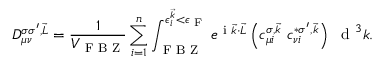
D _ { \mu \nu } ^ { \sigma \sigma ^ { \prime } , \vec { L } } = \frac { 1 } { V _ { \textrm { F B Z } } } \sum _ { i = 1 } ^ { n } \int _ { \textrm { F B Z } } ^ { \epsilon _ { i } ^ { \vec { k } } < \epsilon _ { \textrm { F } } } e ^ { \mathrm { ~ i ~ } \vec { k } \cdot \vec { L } } \left( c _ { \mu i } ^ { \sigma , \vec { k } } ~ c _ { \nu i } ^ { * \sigma ^ { \prime } , \vec { k } } \right) ~ \textrm { d } ^ { 3 } k .